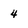
Character: 4